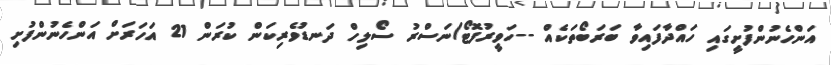
އަންހެނުންފުށީގައި ހައްދާފައިވާ ބަރަބޯތަކެއް --ހަވީރުފޮޓޯ/ނަސްރު ސޯލިހް ދަނޑުވެރިކަން ކުރަން 21 އަހަރަށް އަންހެނުންފުށި